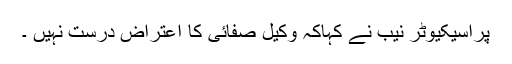
پراسیکیوٹر نیب نے کہاکہ وکیل صفائی کا اعتراض درست نہیں ۔